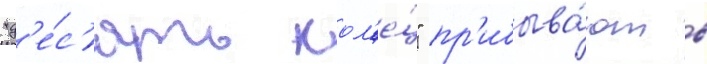
"д'е́с'ять кол'е́ц" пр'ибыва́ют в